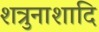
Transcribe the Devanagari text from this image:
शत्रुनाशादि